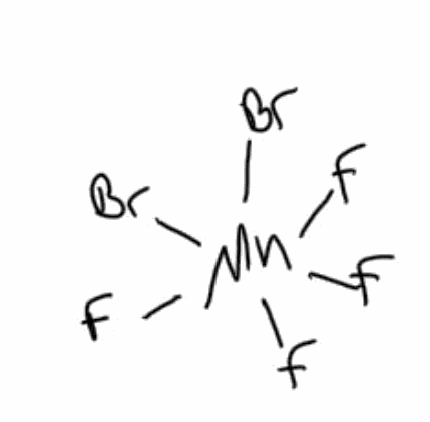
Simplified molecular-input line-entry system (SMILES) notation of the given molecule:
F[Mn](F)(F)(F)(Br)Br